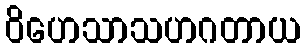
ဝိဟေသာသဟဂတာယ